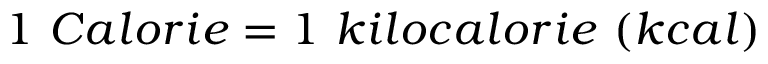
1 ~ C a l o r i e = 1 ~ k i l o c a l o r i e ~ ( k c a l )